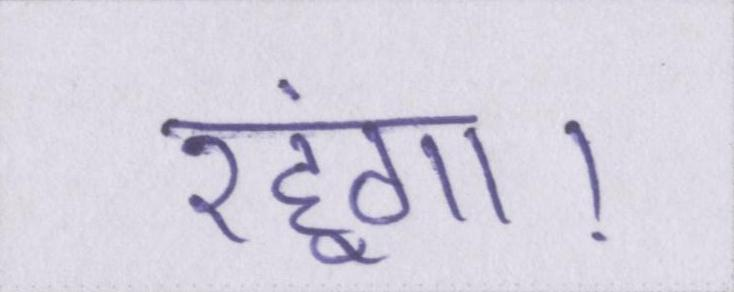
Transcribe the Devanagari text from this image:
रहूंगा।